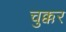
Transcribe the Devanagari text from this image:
चुक्कर